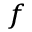
^ f